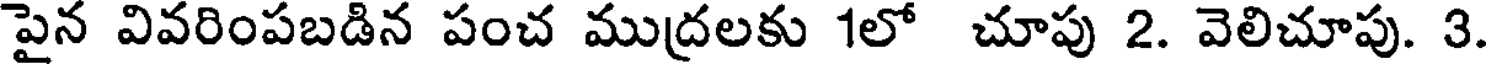
పైన వివరింపబడిన పంచ ముద్రలకు 1లో చూపు 2. వెలిచూపు. 3.